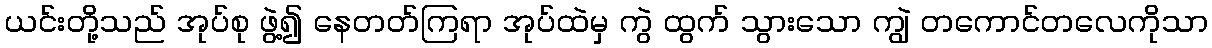
ယင်းတို့သည် အုပ်စု ဖွဲ့၍ နေတတ်ကြရာ အုပ်ထဲမှ ကွဲ ထွက် သွားသော ကျွဲ တကောင်တလေကိုသာ